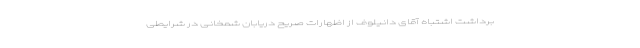
برداشت اشتباه آقای دانیلوف از اظهارات صریح دریابان شمخانی در شرایطی